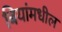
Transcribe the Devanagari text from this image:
बियांमधील